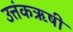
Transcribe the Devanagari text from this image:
उत्तंकऋषी